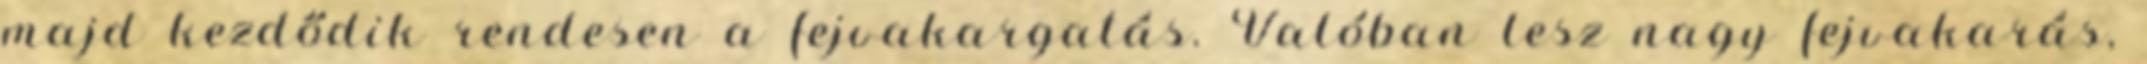
majd kezdődik rendesen a fejvakargatás. Valóban lesz nagy fejvakarás,